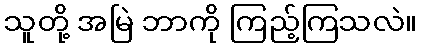
သူတို့ အမြဲ ဘာကို ကြည့်ကြသလဲ။